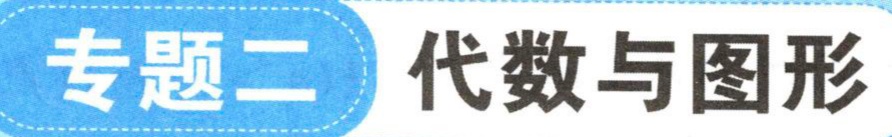
专题二 代数与图形